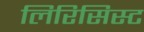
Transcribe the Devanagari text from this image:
लिरिसिस्ट